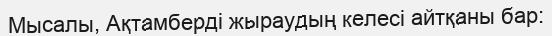
Мысалы, Ақтамберді жыраудың келесі айтқаны бар: